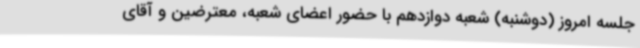
جلسه امروز (دوشنبه) شعبه دوازدهم با حضور اعضای شعبه، معترضین و آقای